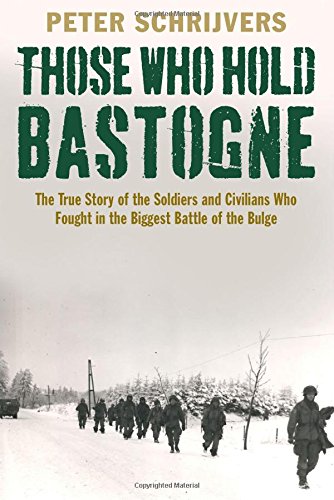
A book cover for Those Who Hold Bastogne: The True Story of the Soldiers and Civilians Who Fought in the Biggest Battle of the Bulge; Peter Schrijvers; History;